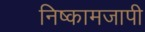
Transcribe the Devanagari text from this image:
निष्कामजापी